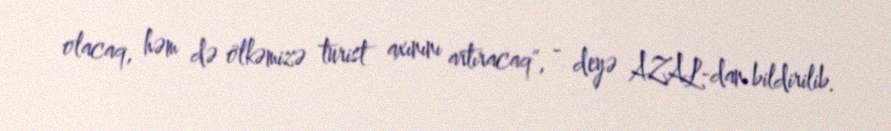
olacaq, həm də ölkəmizə turist axınını artıracaq", - deyə AZAL-dan bildirilib.